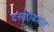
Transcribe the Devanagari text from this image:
दस्तऐवजांत